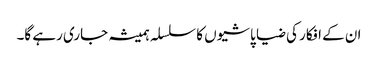
ان کے افکار کی ضیا پاشیوں کا سلسلہ ہمیشہ جاری رہے گا۔